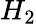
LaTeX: H_{2}